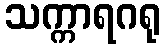
သက္ကာရဂရု